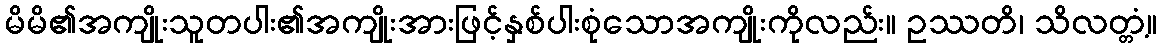
မိမိ၏အကျိုးသူတပါး၏အကျိုးအားဖြင့်နှစ်ပါးစုံသောအကျိုးကိုလည်း။ ဥဿတိ၊ သိလတ္တံ့။